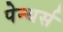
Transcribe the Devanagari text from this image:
पेन्थर्स